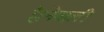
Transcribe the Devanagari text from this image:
है।नेपाली